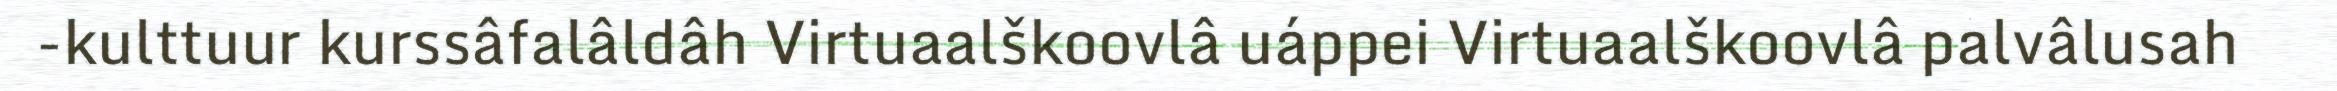
-kulttuur kurssâfalâldâh Virtuaalškoovlâ uáppei Virtuaalškoovlâ palvâlusah